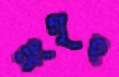
সংগৃহ